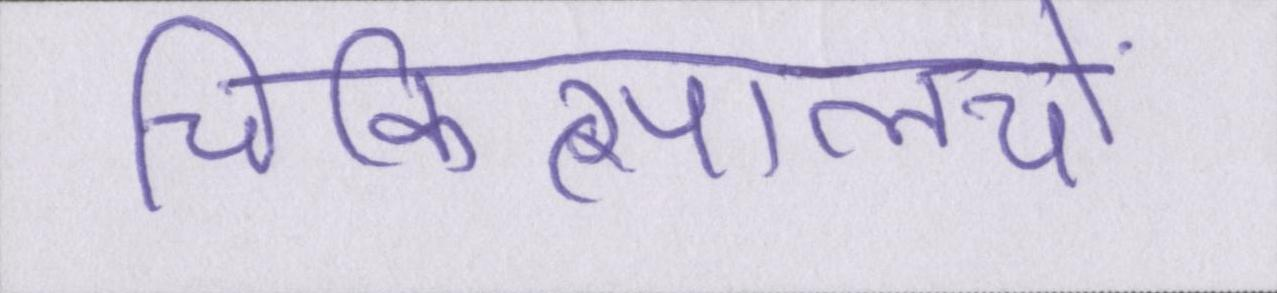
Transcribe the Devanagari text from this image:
चिकित्सालयों